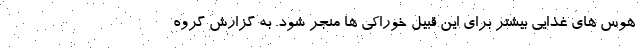
هوس های غذایی بیشتر برای این قبیل خوراکی ها منجر شود. به گزارش گروه